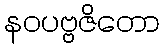
နဝပဗ္ဗဇိတော